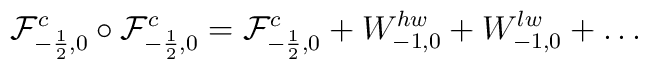
{\cal F} _{-\frac{1}{2},0}^c    \circ    {\cal F} _{-\frac{1}{2},0}^c    = {\cal F}_{-\frac{1}{2},0}^c+ W_{-1,0}^{hw} + W_{-1,0}^{lw} + \dots